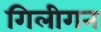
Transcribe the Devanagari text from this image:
गिलीगन